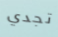
تجدي